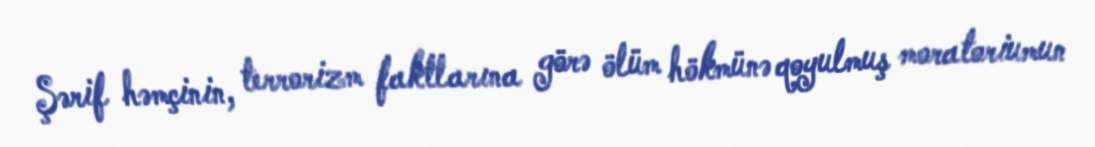
Şərif həmçinin, terrorizm faktlarına görə ölüm hökmünə qoyulmuş moratoriumun